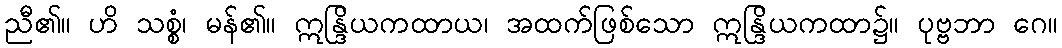
ညီ၏။ ဟိ သစ္စံ၊ မန်၏။ ဣန္ဒြိယကထာယ၊ အထက်ဖြစ်သော ဣန္ဒြိယကထာ၌။ ပုဗ္ဗဘာ ဂေ။